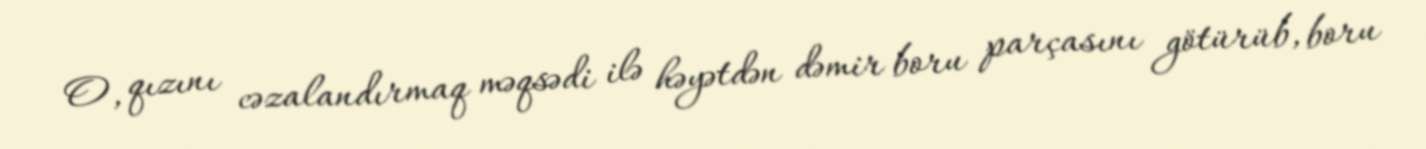
O, qızını cəzalandırmaq məqsədi ilə həyətdən dəmir boru parçasını götürüb, boru